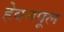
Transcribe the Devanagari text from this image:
हेवनपूल